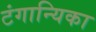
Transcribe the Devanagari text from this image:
टंगान्यिका